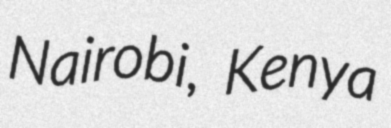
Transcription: Nairobi, Kenya